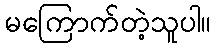
မကြောက်တဲ့သူပါ။